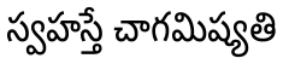
స్వహస్తే చాగమిష్యతి